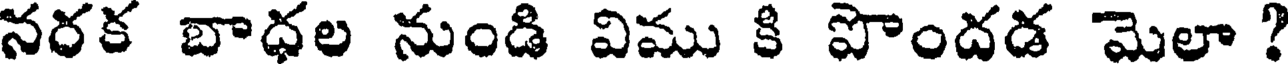
నరక బాధల నుండి విము కి పొందడ మెలా ?